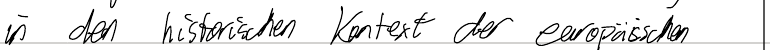
in den historischen Kontext der europäischen